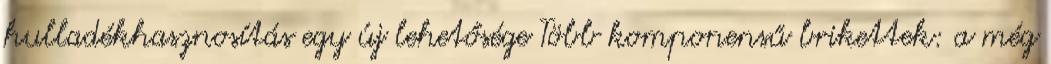
hulladékhasznosítás egy új lehetősége Több komponensű brikettek: a még